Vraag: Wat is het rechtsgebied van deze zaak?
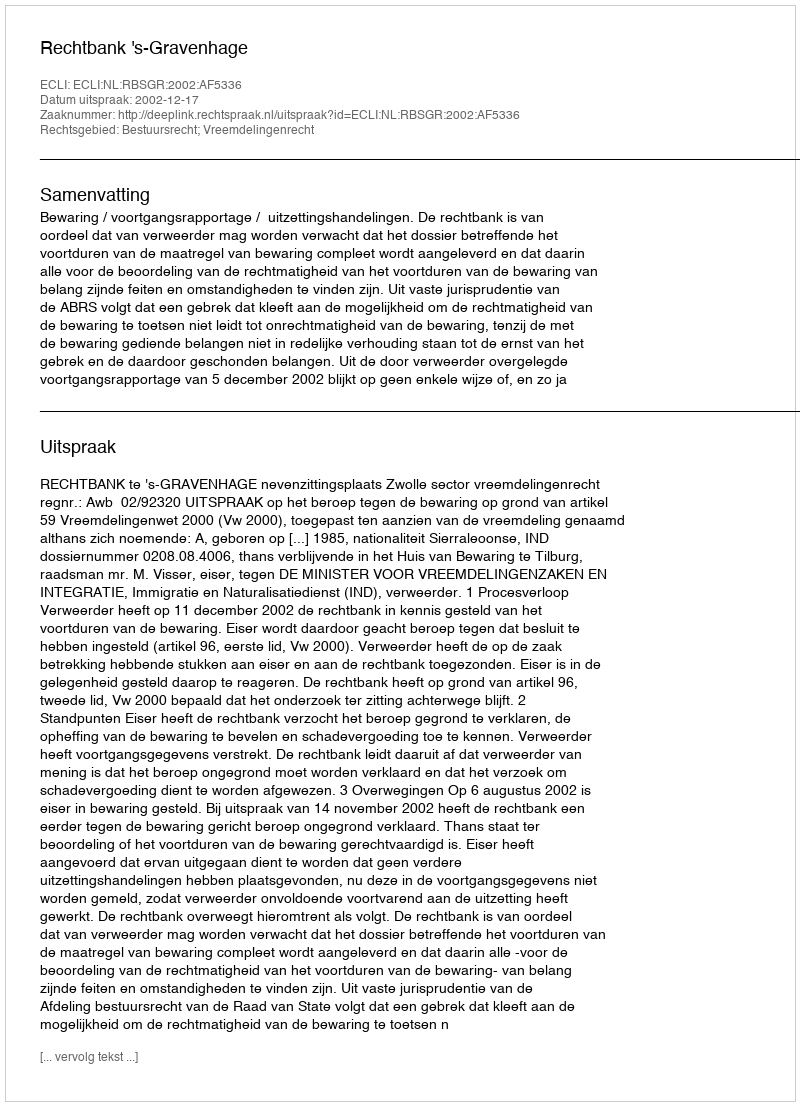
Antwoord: Bestuursrecht; Vreemdelingenrecht